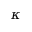
\kappa